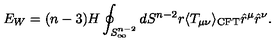
E _ { W } = ( n - 3 ) H \oint _ { S _ { \infty } ^ { n - 2 } } d S ^ { n - 2 } r \langle T _ { \mu \nu } \rangle _ { \mathrm { C F T } } \hat { r } ^ { \mu } \hat { r } ^ { \nu } .